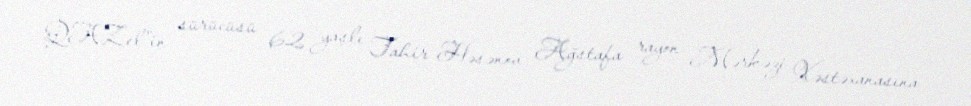
QAZel"in sürücüsü 62 yaşlı Tahir Həsənov Ağstafa rayon Mərkəzi Xəstəxanasına